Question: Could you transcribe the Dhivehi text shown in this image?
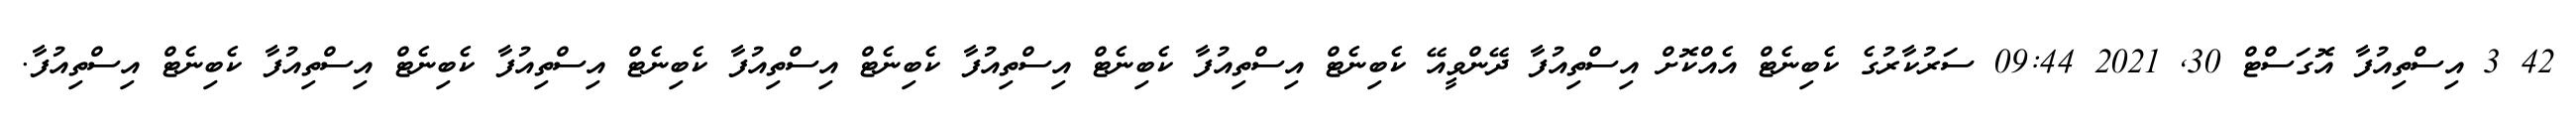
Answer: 42 3 އިސްތިއުފާ އޮގަސްޓް 30, 2021 09:44 ސަރުކާރުގެ ކެބިނެޓް އެއްކޮށް އިސްތިއުފާ ދޭންވީއޭ ކެބިނެޓް އިސްތިއުފާ ކެބިނެޓް އިސްތިއުފާ ކެބިނެޓް އިސްތިއުފާ ކެބިނެޓް އިސްތިއުފާ ކެބިނެޓް އިސްތިއުފާ ކެބިނެޓް އިސްތިއުފާ.